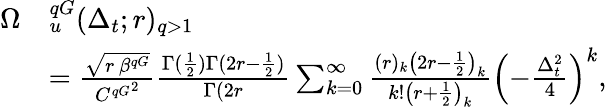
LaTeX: \begin{array}{rl}{\Omega}&{_u^{qG}(\Delta_{t};r)_{q>1}}\\ &{=\frac{\sqrt{r\, \beta^{qG}}}{{C^{qG}}^{2}}\frac{\Gamma(\frac{1}{2})\Gamma(2r-\frac{1}{2})}{\Gamma(2r}\sum_{k=0}^{\infty}\frac{(r)_{k}\left(2r-\frac{1}{2}\right)_{k}}{k!\left(r+\frac{1}{2}\right)_{k}}\left(-\frac{\Delta_{t}^{2}}{4}\right)^{k},}\end{array}